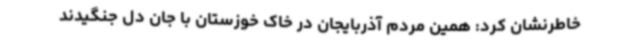
خاطرنشان کرد: همین مردم آذربایجان در خاک خوزستان با جان دل جنگیدند